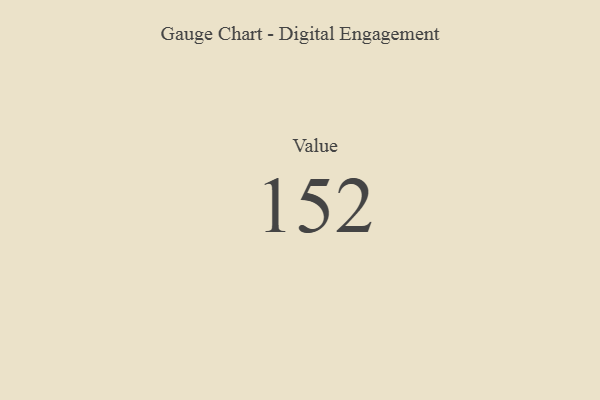
{"axis": {"x": "Metric", "y": "Value"}, "legend": [""], "data": [{"x": "Value", "y": 152, "type": ""}]}